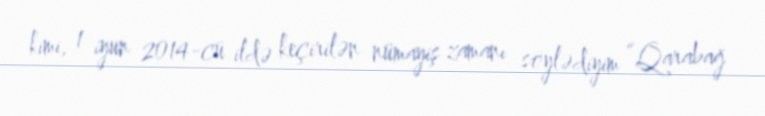
kimi, 1 iyun 2014-cü ildə keçirilən nümayiş zamanı söylədiyim “Qarabağ